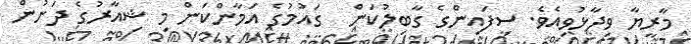
މާރީޔާ ވިދާޅުވިއެވެ. ސިފައިންގެ ގާބިލުކަން  ގައުމުގެ އަމާންކަން މި ޝިއާރުގެ ދަށުން